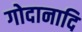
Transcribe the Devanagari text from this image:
गोदानादि